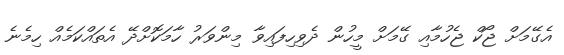
އެގޭމަށް ޖޯކް ޖެހުމާއި ގޭމަށް މީހުން ދެވިހިފައިވާ މިންވަރު ހާމަކޮށްދޭ އެތައްކަމެއް ހިމެނެ